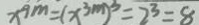
x ^ { 9 m } = ( x ^ { 3 m } ) ^ { 3 } = 2 ^ { 3 } = 8